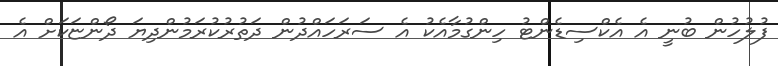
ފުލުހުން ބުނީ އެ އެކްސިޑެންޓު ހިންގުމާއެކު އެ ސަރަހައްދުން ދަތުރުކުރަމުންދިޔަ ދޯންޏަކަށް އެ